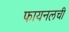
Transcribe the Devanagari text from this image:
फायनलची